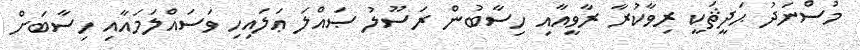
މުސްނަދު ޙަދީޘަކީ ރިވާކުރާ ރާވީއާއި ހިސާބުން ރަސޫލު ޞައްލަ ޢަލައިހި ވަސައްލަމައާއި ހިސާބަށް